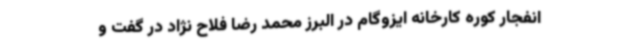
انفجار کوره کارخانه ایزوگام‌ در البرز محمد رضا فلاح نژاد در گفت و